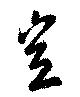
豈